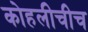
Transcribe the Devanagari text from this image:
कोहलीचीच